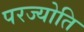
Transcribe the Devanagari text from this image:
परज्योति